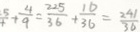
\frac { 5 } { 4 } + \frac { 4 } { 9 } = \frac { 2 2 5 } { 3 6 } + \frac { 1 0 } { 3 6 } = \frac { 2 4 1 } { 3 6 }